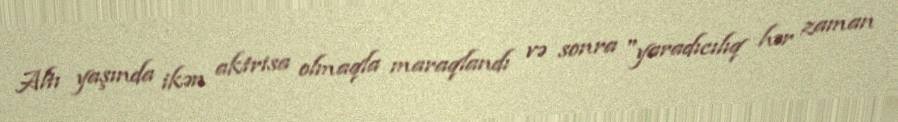
Altı yaşında ikən aktrisa olmaqla maraqlandı və sonra "yaradıcılıq hər zaman